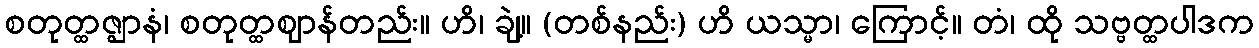
စတုတ္ထဇ္ဈာနံ၊ စတုတ္ထဈာန်တည်း။ ဟိ၊ ချဲ့။ (တစ်နည်း) ဟိ ယသ္မာ၊ ကြောင့်။ တံ၊ ထို သဗ္ဗတ္ထပါဒက